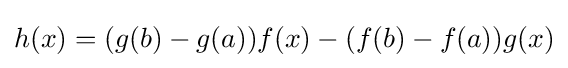
h(x)=(g(b)-g(a))f(x)-(f(b)-f(a))g(x)